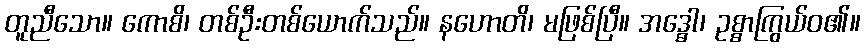
တူညီသော။ ကောစိ၊ တစ်ဦးတစ်ယောက်သည်။ နဟောတိ၊ မဖြစ်ပြီ။ အဒ္ဓေါ၊ ဥစ္စာကြွယ်ဝ၏။